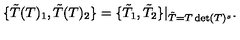
\{ \tilde { T } ( T ) _ { 1 } , \tilde { T } ( T ) _ { 2 } \} = \{ \tilde { T } _ { 1 } , \tilde { T } _ { 2 } \} | _ { \tilde { T } = T \det ( T ) ^ { s } } .